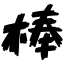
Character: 棒